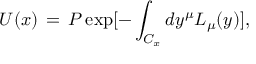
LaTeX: U ( x ) \, = \, { \cal P } \exp [ - \int _ { C _ { x } } d y ^ { \mu } L _ { \mu } ( y ) ] ,